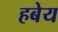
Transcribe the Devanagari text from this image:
हबेय